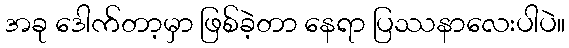
အခု ဒေါက်တာ့မှာ ဖြစ်ခဲ့တာ နေရာ ပြဿနာလေးပါပဲ။